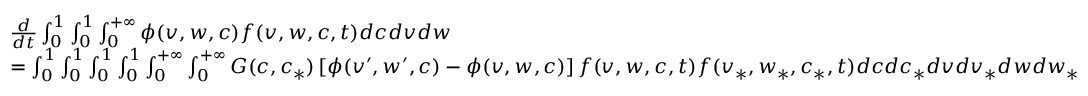
\begin{array} { r l } & { \frac { d } { d t } \int _ { 0 } ^ { 1 } \int _ { 0 } ^ { 1 } \int _ { 0 } ^ { + \infty } \phi ( v , w , c ) f ( v , w , c , t ) d c d v d w } \\ & { = \int _ { 0 } ^ { 1 } \int _ { 0 } ^ { 1 } \int _ { 0 } ^ { 1 } \int _ { 0 } ^ { 1 } \int _ { 0 } ^ { + \infty } \int _ { 0 } ^ { + \infty } G ( c , c _ { * } ) \left[ \phi ( v ^ { \prime } , w ^ { \prime } , c ) - \phi ( v , w , c ) \right] f ( v , w , c , t ) f ( v _ { * } , w _ { * } , c _ { * } , t ) d c d c _ { * } d v d v _ { * } d w d w _ { * } \, } \end{array}